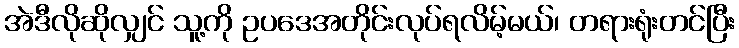
အဲဒီလိုဆိုလျှင် သူ့ကို ဥပဒေအတိုင်းလုပ်ရလိမ့်မယ်၊ တရားရုံးတင်ပြီး